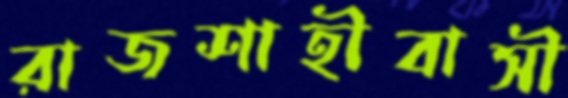
রাজশাহীবাসী